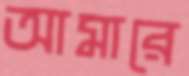
আমারে